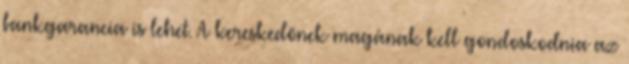
bankgarancia is lehet. A kereskedőnek magának kell gondoskodnia az